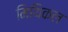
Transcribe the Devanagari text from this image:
मिथिकल